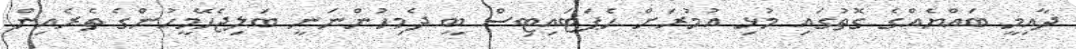
ދާއިމީ ބައްޔެއްގެ ގޮތުގައި މުޅި އުމުރަށް ހެޕަޓައިޓިސް ބީ ދެމިހުންނަނީ ބަލިޖެހޭމީހުންގެ ތެރެއިން